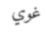
غوي